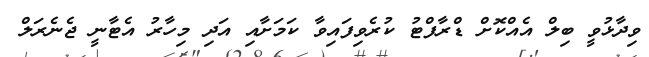
ވިދާޅުވީ ބިލް އެއްކޮށް ޑްރާފްޓު ކުރެވިފައިވާ ކަމަށާއި އަދި މިހާރު އެޓާނީ ޖެނެރަލް